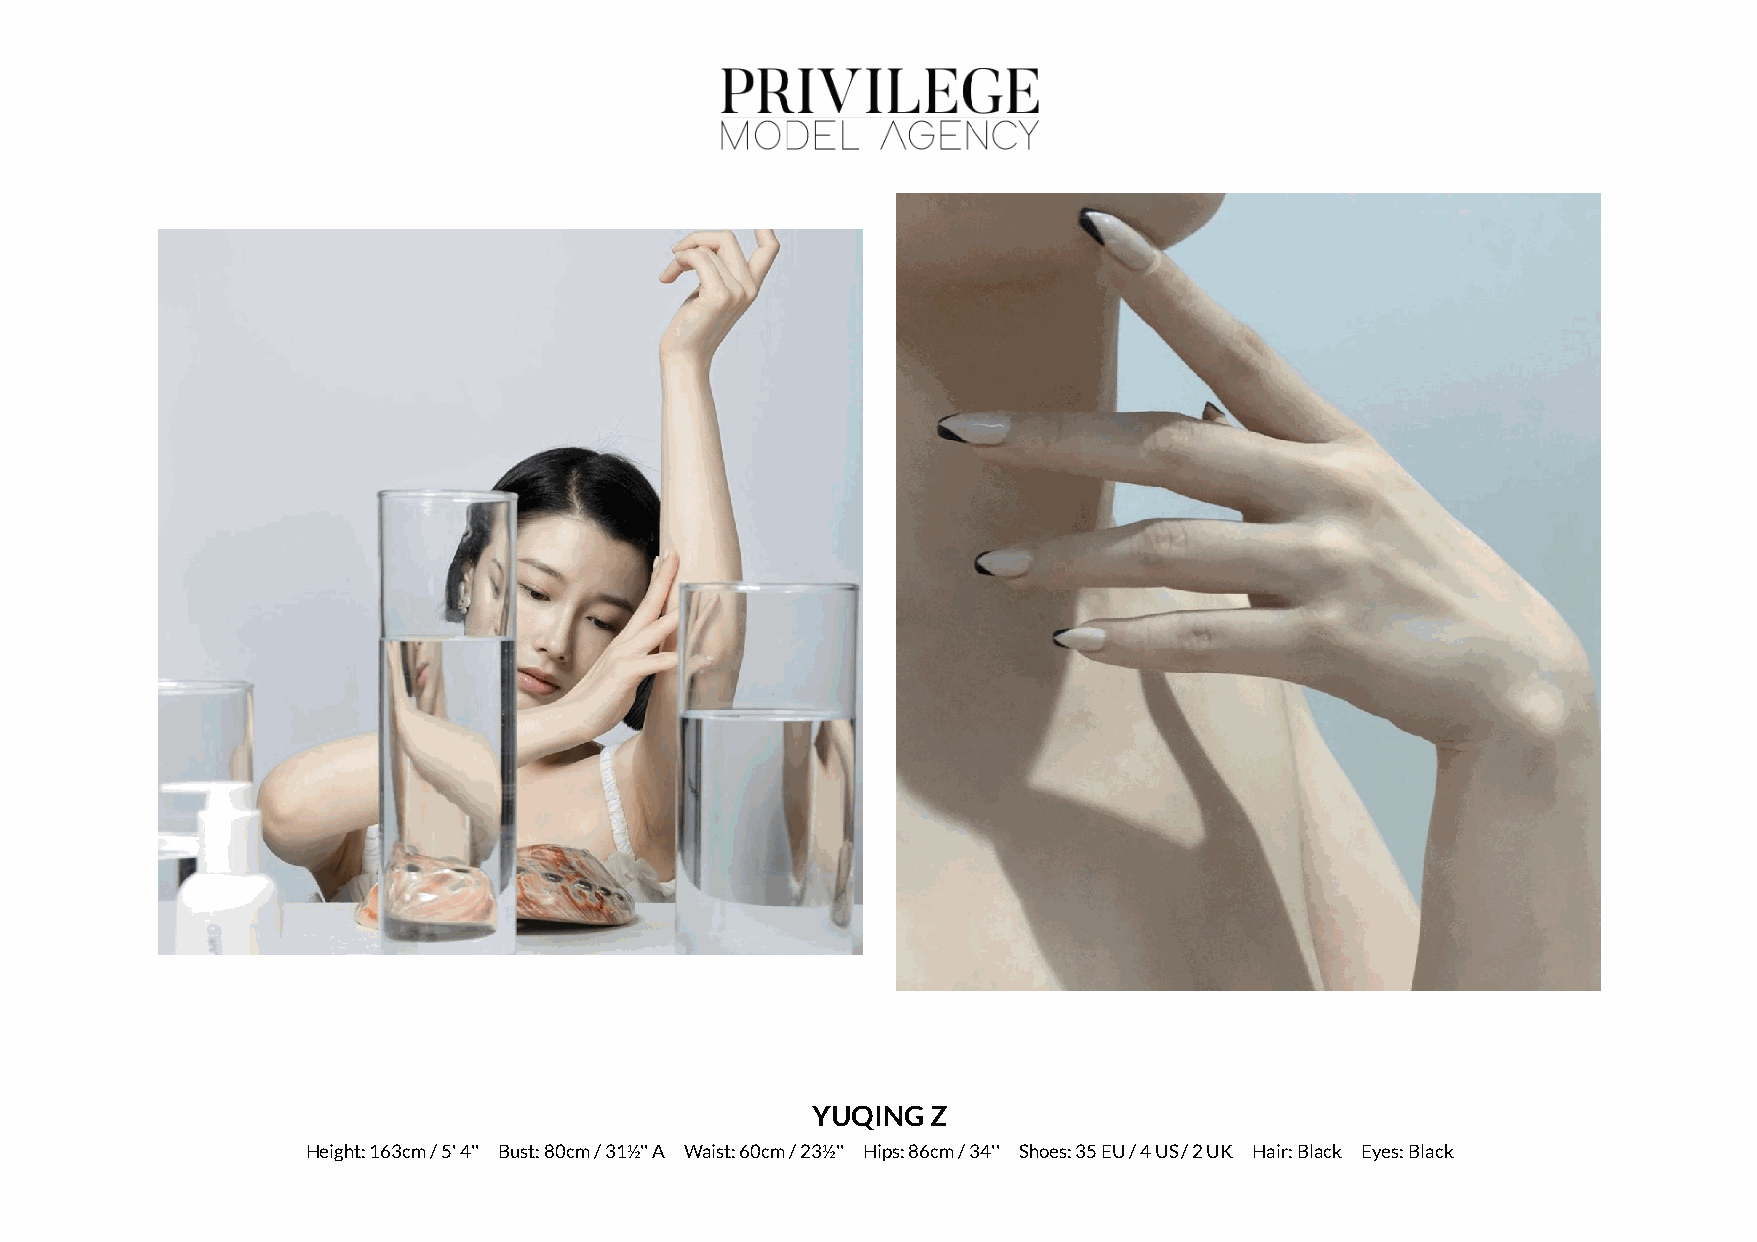
YUQING  Z
 Height: 163cm / 5' 4'' Bust: 80cm / 31½'' A Waist: 60cm / 23½'' Hips: 86cm / 34'' Shoes: 35 EU / 4 US / 2 UK Hair: Black Eyes: Black